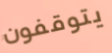
يتوقفون